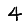
Digit: 4